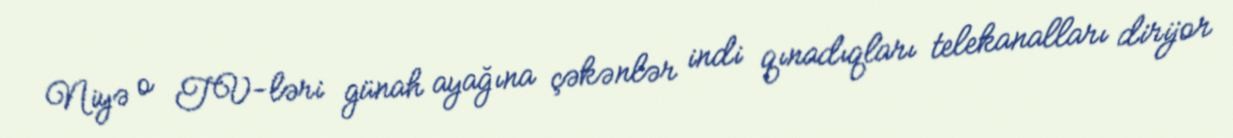
Niyə o TV-ləri günah ayağına çəkənlər indi qınadıqları telekanalları dirijor